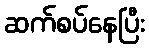
ဆက်စပ်နေပြီး